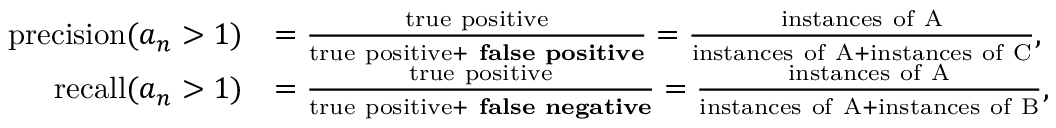
\begin{array} { r l } { \mathrm { p r e c i s i o n } ( a _ { n } > 1 ) } & { = \frac { \mathrm { t r u e ~ p o s i t i v e } } { \mathrm { t r u e ~ p o s i t i v e } + \mathrm { \bf ~ f a l s e ~ p o s i t i v e } } = \frac { \mathrm { i n s t a n c e s ~ o f ~ A } } { \mathrm { i n s t a n c e s ~ o f ~ A } + \mathrm { i n s t a n c e s ~ o f ~ C } } , } \\ { \mathrm { r e c a l l } ( a _ { n } > 1 ) } & { = \frac { \mathrm { t r u e ~ p o s i t i v e } } { \mathrm { t r u e ~ p o s i t i v e } + \mathrm { \bf ~ f a l s e ~ n e g a t i v e } } = \frac { \mathrm { i n s t a n c e s ~ o f ~ A } } { \mathrm { i n s t a n c e s ~ o f ~ A } + \mathrm { i n s t a n c e s ~ o f ~ B } } , } \end{array}